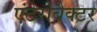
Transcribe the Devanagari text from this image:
एंटेरोबैक्टर